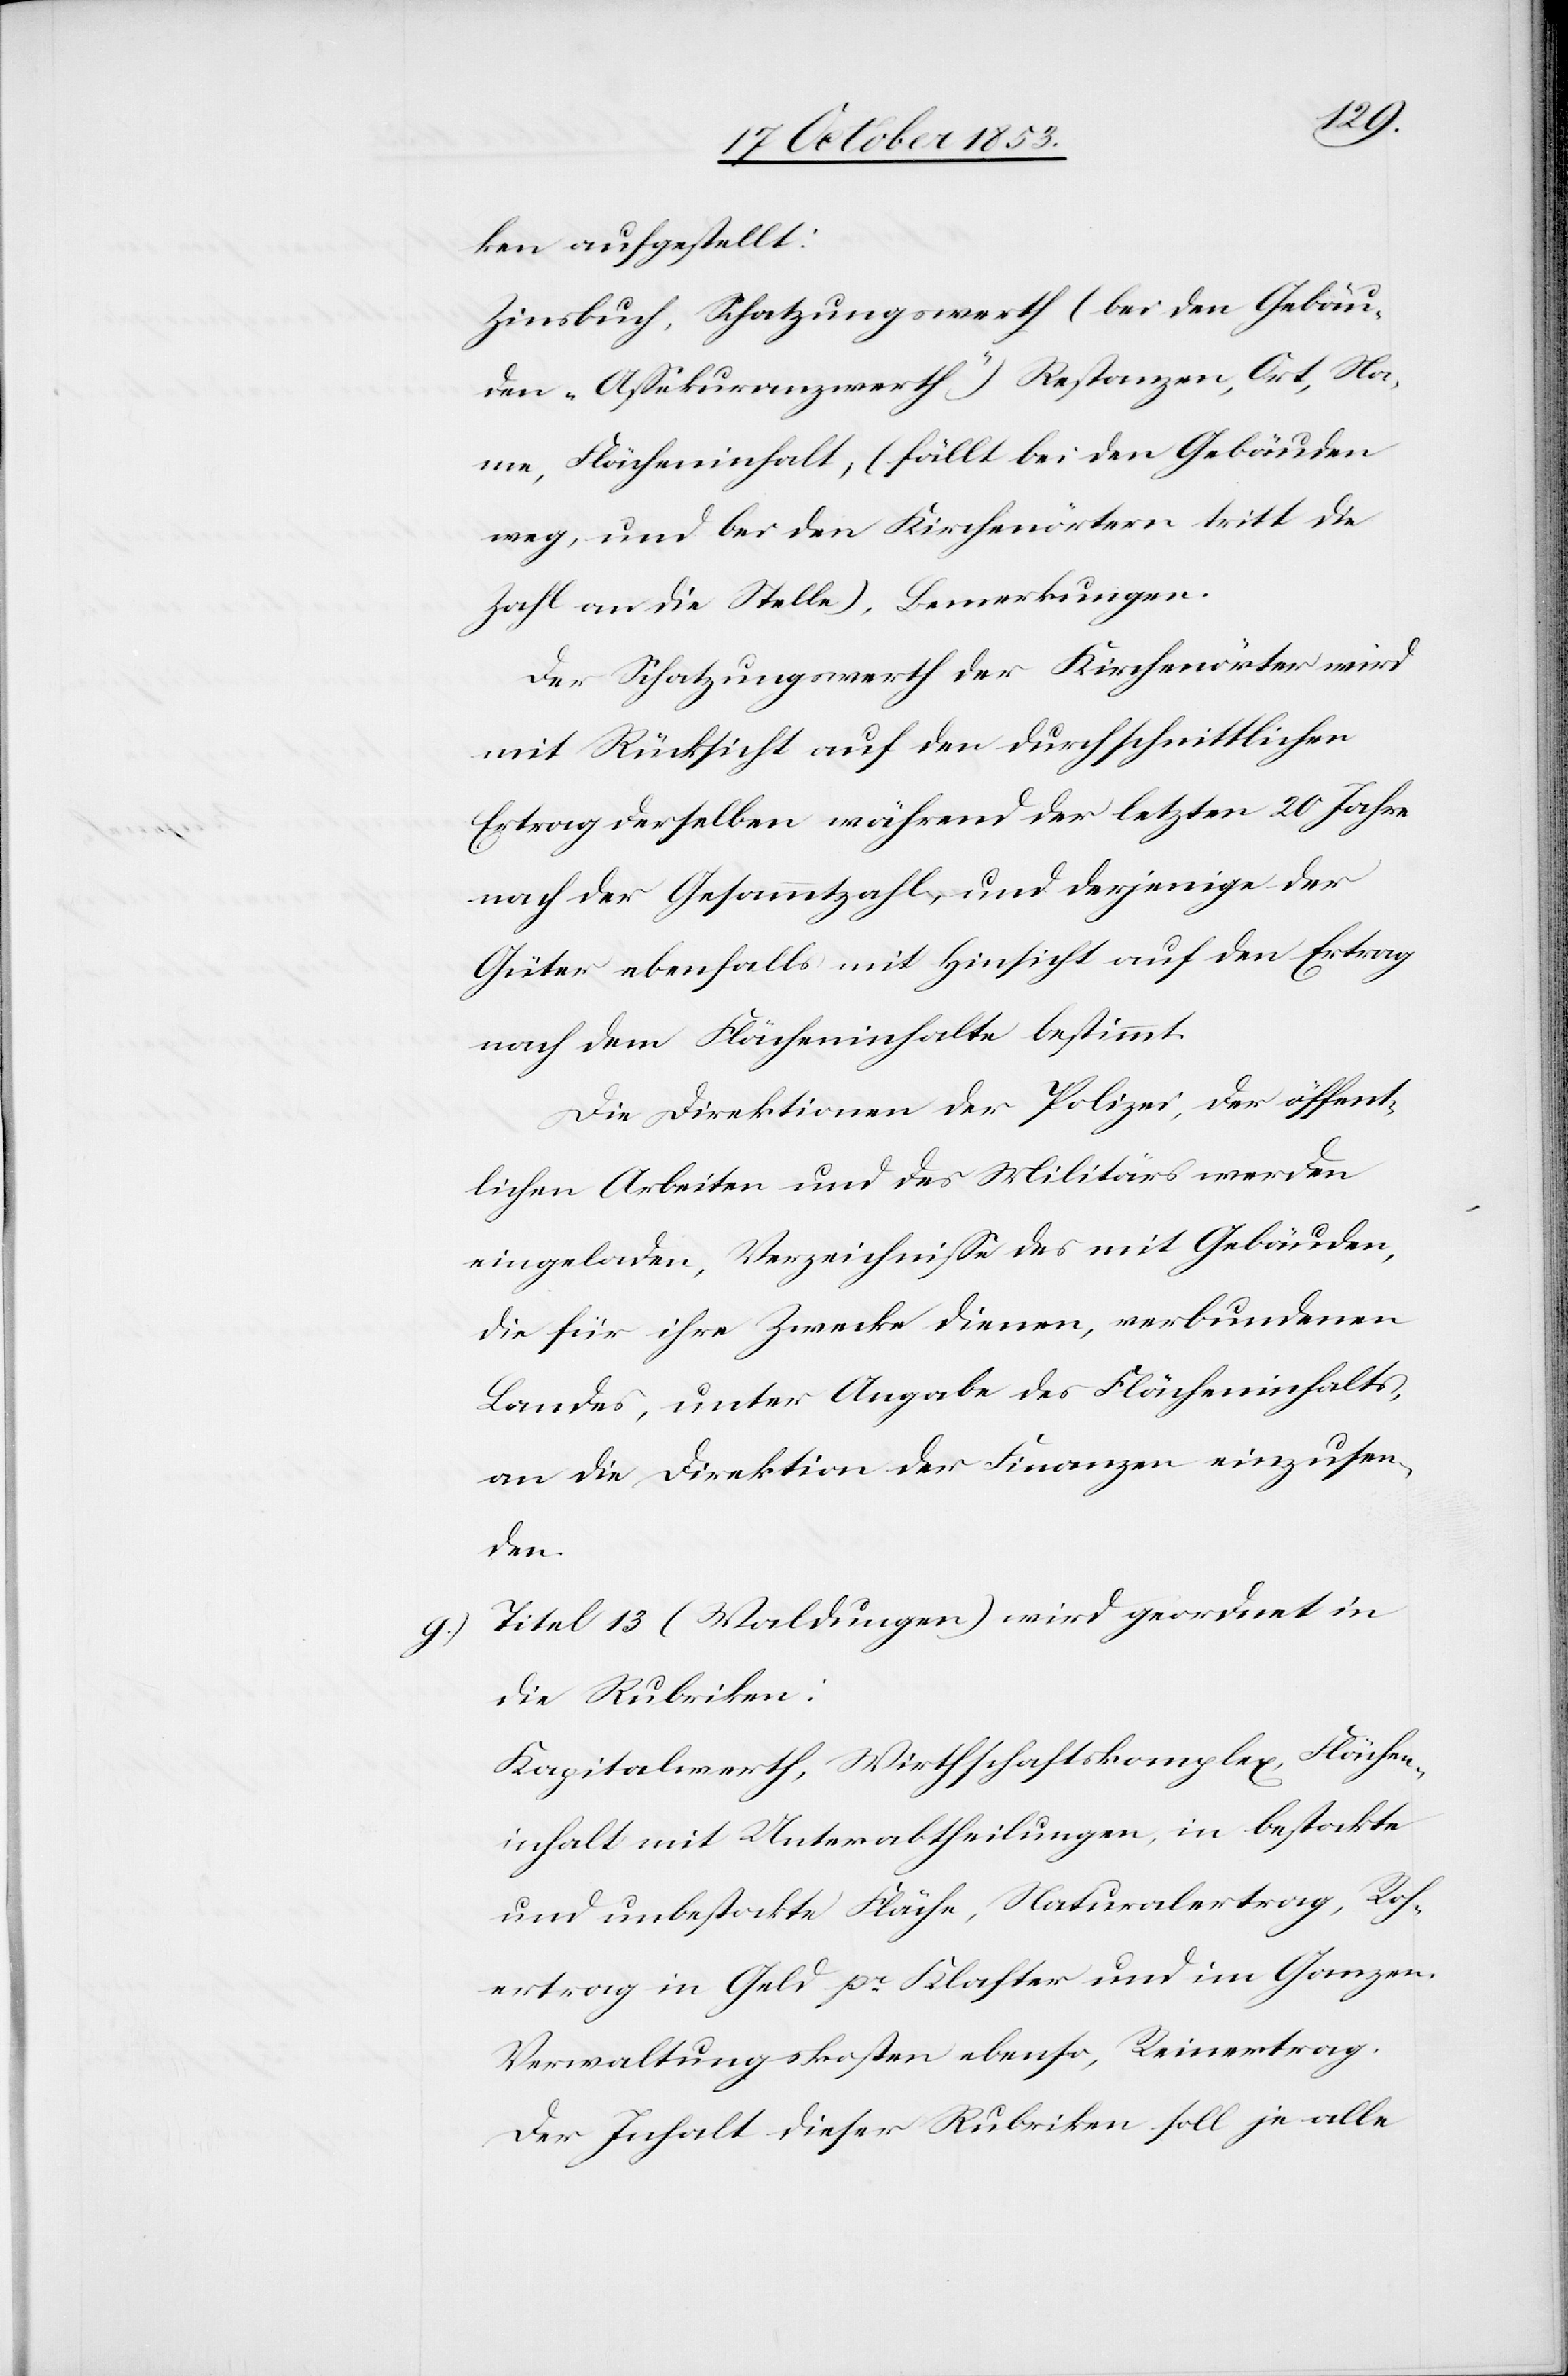
ken aufgestellt:
Zinsbuch, Schatzungswerth (bei den Gebäu¬
den-Aßekuranzwerth“) Restanzen, Ort, Na¬
me, Flächeninhalt, (fällt bei den Gebäuden
weg, und bei den Kirchenörtern tritt die
Zahl an die Stelle), Bemerkungen.
Der Schatzungswerth der Kirchörter wird
mit Rücksicht auf den durchschnittlichen
Ertrag derselben während der letzten 20 Jahre
nach der Gesammtzahl, und derjenige der
Güter ebenfalls mit Hinsicht auf den Ertrag
nach dem Flächeninhalte bestimmt.
Die Direktionen der Polizei, der öffent¬
lichen Arbeiten und des Militärs werden
eingeladen, Verzeichniße des mit Gebäuden,
die für ihre Zwecke dienen, verbundenen
Landes, unter Aufgabe des Flächeninhaltes,
an die Direktion der Finanzen einzusen¬
den.
g) Titel 13 (Waldungen) wird geordnet in
die Rubriken:
Kapitalwerth, Wirthschaftskomplex, Flächen¬
inhalt mit Unterabtheilungen, in bestockte
und unbestockte Fläche, Naturalertrag, Roh¬
ertrag in Geld pr. Klaster und im Ganzen.
Verwaltungskosten ebenso, Reinertrag.
Der Inhalt dieser Rubriken soll je alle